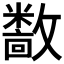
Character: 𫿝